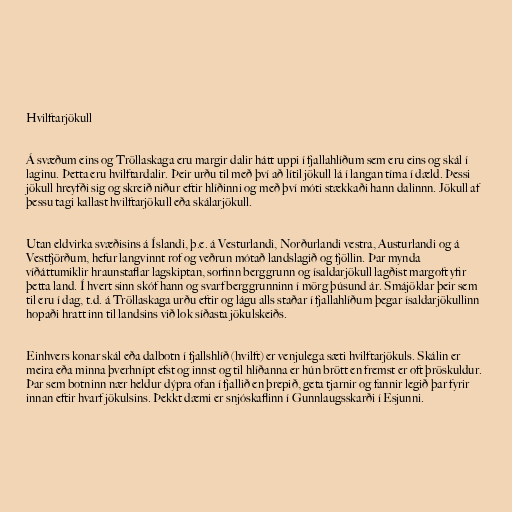
Hvilftarjökull

Á svæðum eins og Tröllaskaga eru margir dalir hátt uppi í fjallahlíðum sem eru eins og skál í
laginu. Þetta eru hvilftardalir. Þeir urðu til með því að lítil jökull lá í langan tíma í dæld. Þessi
jökull hreyfði sig og skreið niður eftir hlíðinni og með því móti stækkaði hann dalinnn. Jökull af
þessu tagi kallast hvilftarjökull eða skálarjökull.

Utan eldvirka svæðisins á Íslandi, þ.e. á Vesturlandi, Norðurlandi vestra, Austurlandi og á
Vestfjörðum, hefur langvinnt rof og veðrun mótað landslagið og fjöllin. Þar mynda
víðáttumiklir hraunstaflar lagskiptan, sorfinn berggrunn og ísaldarjökull lagðist margoft yfir
þetta land. Í hvert sinn skóf hann og svarf berggrunninn í mörg þúsund ár. Smájöklar þeir sem
til eru í dag, t.d. á Tröllaskaga urðu eftir og lágu alls staðar í fjallahlíðum þegar ísaldarjökullinn
hopaði hratt inn til landsins við lok síðasta jökulskeiðs.

Einhvers konar skál eða dalbotn í fjallshlíð (hvilft) er venjulega sæti hvilftarjökuls. Skálin er
meira eða minna þverhnípt efst og innst og til hlíðanna er hún brött en fremst er oft þröskuldur.
Þar sem botninn nær heldur dýpra ofan í fjallið en þrepið, geta tjarnir og fannir legið þar fyrir
innan eftir hvarf jökulsins. Þekkt dæmi er snjóskaflinn í Gunnlaugsskarði í Esjunni.